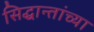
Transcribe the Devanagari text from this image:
सिद्धान्तांच्या